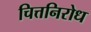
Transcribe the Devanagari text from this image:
चित्तनिरोध